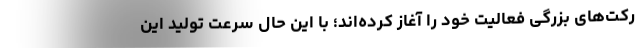
رکت‌های بزرگی فعالیت خود را آغاز کرده‌اند؛ با این حال سرعت تولید این